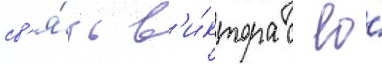
св'я́зь в'и́ктора с ео́